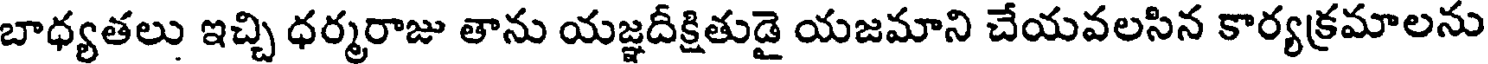
బాధ్యతలు ఇచ్చి ధర్మరాజు తాను యజ్ఞదీక్షితుడై యజమాని చేయవలసిన కార్యక్రమాలను